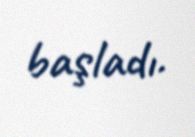
başladı.